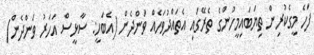
ފަހެ މީގެކުރިން ތިޔަބައިމީހުންގެ ތެރޭގައި އެތައްދުވަހެއް ވަންދެން (އެބަހީ: ސާޅީސް އަހަރު ވަންދެން)